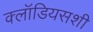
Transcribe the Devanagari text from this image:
क्लॉडियसशी